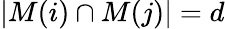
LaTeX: |M(i)\cap M(j)|=d